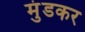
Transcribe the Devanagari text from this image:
मुंडकर